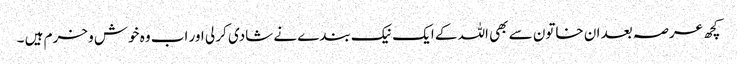
کچھ عرصہ بعد ان خاتون سے بھی اللہ کے ایک نیک بندے نے شادی کر لی اور اب وہ خوش و خرم ہیں ۔